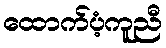
ထောက်ပံ့ကူညီ